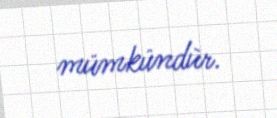
mümkündür.